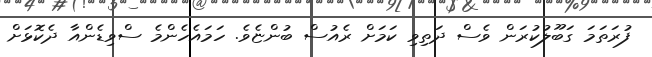
ފުރަތަމަ ގަބޫލުކުރަން ވެސް ދަތިވި ކަމަށް ރެއުސް ބުންޏެވެ. ހަމައެހެންމެ ސްވިޑެންއާ ދެކޮޅަށް